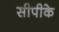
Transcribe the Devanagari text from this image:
सीपीके